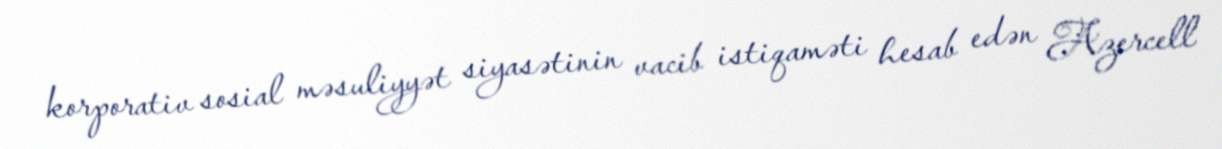
korporativ sosial məsuliyyət siyasətinin vacib istiqaməti hesab edən Azercell